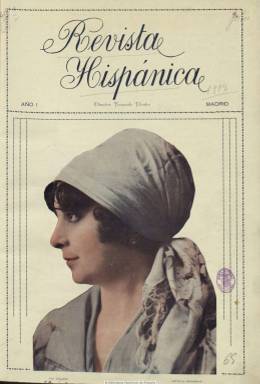
Título: Revista hispánica
Colección: Revistas de información general
Ámbito geográfico: Madrid
Lugar de publicación: Madrid
Fechas: 01/04/1918-30/07/1918

Revista ilustrada de periodicidad decenal que,  junto a dibujos y fotografías, muchas de ellas en color, publica textos de “amena” literatura (sobre todo en prosa, pero también en verso), de la vida teatral, el arte y la moda, así como noticias “curiosas”, tal como expresa en el artículo de presentación su director, Fernando Pontes, quien escribe en cada entrega una crónica bajo el título Décadas, algunas veces crítica con el poder. También tiene secciones dedicadas a la economía y al comercio. En su cubierta estampa un gran fotograbado a color, por lo general de artistas españolas, del que es autor Walken. En entregas de paginación variada, en torno a la veintena de páginas y las centrales en papel couché, la colección contiene una docena de números, entre el uno de abril al 30 de julio de 1918. Quizá su título proceda de la imprenta en donde se estampa, la madrileña imprenta Hispánica.

Dedica también páginas a la mujer bajo el epígrafe “Femeninas”, y ofrece para su venta dibujos de patrones a medida y cupones para la venta de productos del hogar. Especial atención presta al mundo teatral y a sus actrices, con una crónica firmada por Miguel Portolás, pero otras páginas las dedica al cine, la fotografía o a la salud, y Ángel González Palencia comienza a publicar unas “Impresiones de un viaje a Marruecos”. También inserta, a veces también en color, dibujos humorísticos y de artistas, algunos de Vázquez Calleja. Entre sus fotografías, además de algunas vistas extranjeras, aparecen las de la actriz Margarita Xirgu, la del encierro de San Fermín en Pamplona o las de la Familia Real veraneando en San Sebastián. Contiene asimismo anuncios publicitarios.